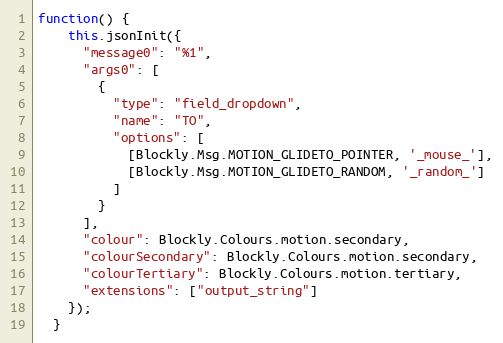
Language: JavaScript
function() {
    this.jsonInit({
      "message0": "%1",
      "args0": [
        {
          "type": "field_dropdown",
          "name": "TO",
          "options": [
            [Blockly.Msg.MOTION_GLIDETO_POINTER, '_mouse_'],
            [Blockly.Msg.MOTION_GLIDETO_RANDOM, '_random_']
          ]
        }
      ],
      "colour": Blockly.Colours.motion.secondary,
      "colourSecondary": Blockly.Colours.motion.secondary,
      "colourTertiary": Blockly.Colours.motion.tertiary,
      "extensions": ["output_string"]
    });
  }